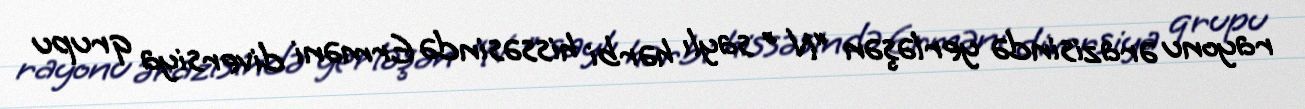
rayonu ərazisində yerləşən “N ” saylı hərbi hissəsində Erməni diversiya qrupu